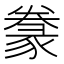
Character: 𰶩